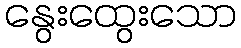
နွေးထွေးသော